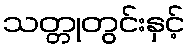
သတ္တုတွင်းနှင့်